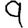
Digit: 9